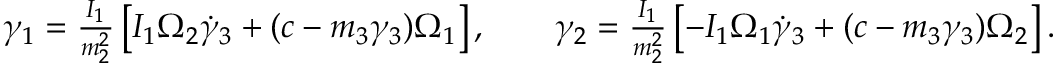
\begin{array} { r } { \gamma _ { 1 } = \frac { I _ { 1 } } { m _ { 2 } ^ { 2 } } \left[ I _ { 1 } \Omega _ { 2 } \dot { \gamma } _ { 3 } + ( c - m _ { 3 } \gamma _ { 3 } ) \Omega _ { 1 } \right] , \qquad \gamma _ { 2 } = \frac { I _ { 1 } } { m _ { 2 } ^ { 2 } } \left[ - I _ { 1 } \Omega _ { 1 } \dot { \gamma } _ { 3 } + ( c - m _ { 3 } \gamma _ { 3 } ) \Omega _ { 2 } \right] . } \end{array}